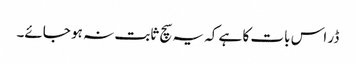
ڈر اس بات کا ہے کہ یہ سچ ثابت نہ ہو جائے۔